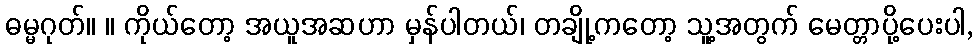
ဓမ္မဂုတ်။ ။ ကိုယ်တော့ အယူအဆဟာ မှန်ပါတယ်၊ တချို့ကတော့ သူ့အတွက် မေတ္တာပို့ပေးပါ,